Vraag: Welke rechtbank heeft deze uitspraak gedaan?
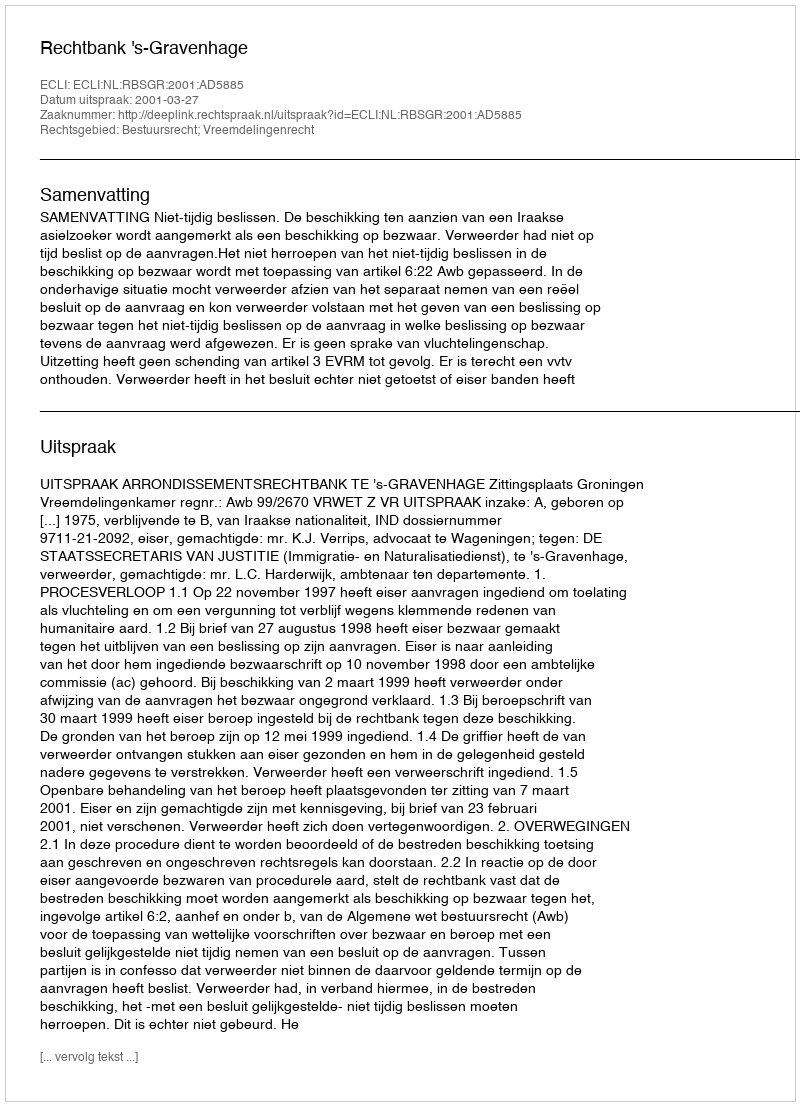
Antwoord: Rechtbank 's-Gravenhage